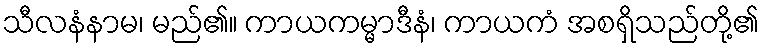
သီလနံနာမ၊ မည်၏။ ကာယကမ္မာဒီနံ၊ ကာယကံ အစရှိသည်တို့၏